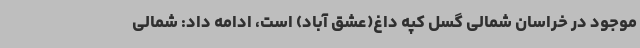
موجود در خراسان شمالی گسل کپه داغ(عشق آباد) است، ادامه داد: شمالی